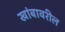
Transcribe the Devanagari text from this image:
खांबावरील